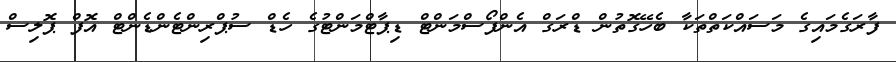
ފާރަގެމައިގެ މަސައްކަތްތަކާ ބެހޭގޮތުން ޑްރަގް އެންފޯސްމަންޓް ޑިޕާޓްމަންޓުގެ ހެޑް ސުޕްރިންޓެންޑެންޓް އޮފް ޕޮލިސް